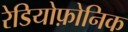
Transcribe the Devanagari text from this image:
रेडियोफ़ोनिक